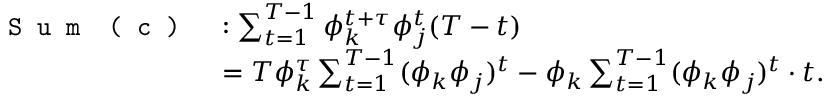
\begin{array} { r l } { \texttt { S u m } \texttt { ( c ) } } & { : \sum _ { t = 1 } ^ { T - 1 } \phi _ { k } ^ { t + \tau } \phi _ { j } ^ { t } ( T - t ) } \\ & { = T \phi _ { k } ^ { \tau } \sum _ { t = 1 } ^ { T - 1 } ( \phi _ { k } \phi _ { j } ) ^ { t } - \phi _ { k } \sum _ { t = 1 } ^ { T - 1 } ( \phi _ { k } \phi _ { j } ) ^ { t } \cdot t . } \end{array}